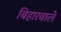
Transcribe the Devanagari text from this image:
बिहारवाले